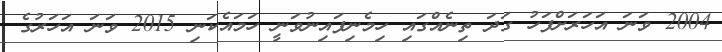
2004 ވަނަ އަހަރަށްފަހު ގަދަ ތިނެއްގައި ހިމެނިފައިނުވަނީ ހަމައެކަނި 2015 ވަނަ އަހަރުގެ